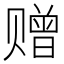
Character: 赠